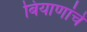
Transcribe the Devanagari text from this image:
बियाणांचे